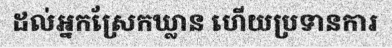
ដល់អ្នកស្រែកឃ្លាន ហើយប្រទានការ